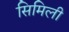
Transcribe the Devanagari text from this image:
सिमिली